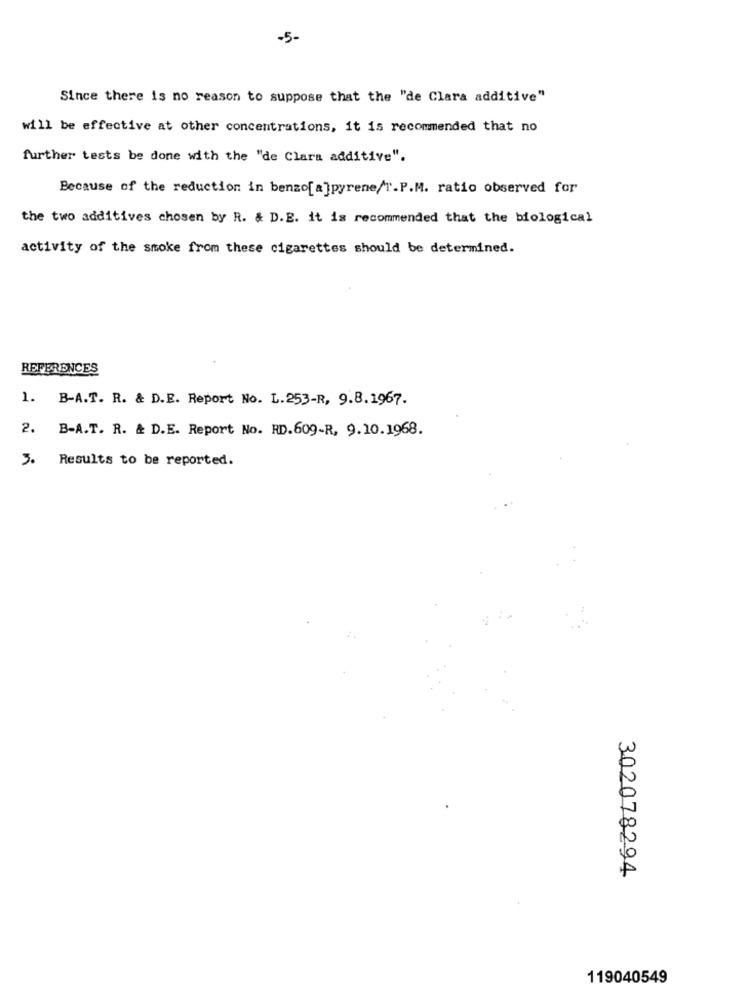
-5-
Since there is no reason to suppose that the "de Clara additive"
will be effective at other concentrations, it is recommended that no
further tests be done with the "de Clara additive".
Because of the reduction in benzo[ a]pyrene/T.P.M. ratio observed for
the two additives chosen by R. & D.E. it is recommended that the biological
activity of the smoke from these cigarettes should be determined.
REFERENCES
1. B-A.T. R. & D.E. Report No. L.253-R, 9.8.1967.
2. B-A.T. R. & D.E. Report No. RD.609-R, 9.10.1968.
3.
Results to be reported.
302078294
119040549